Report of an investigation in regard to the prevalence of stegomyia and other mosquitoes in Karachi, and the measures necessary for their control
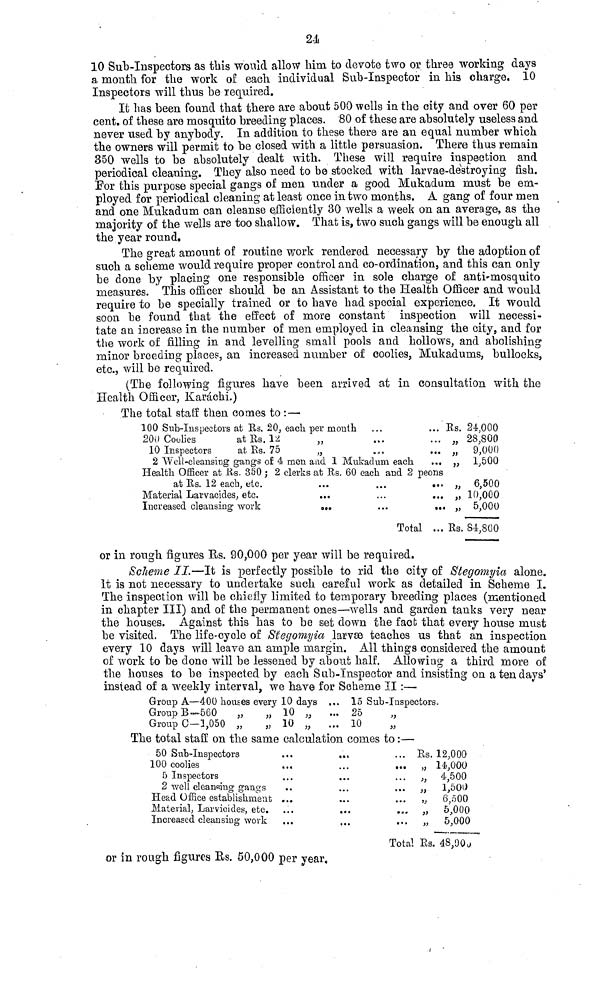
24i
10 Sub-Inspectors as this would allow him to devote two or three working days
a month for the work of each individual Sub-Inspector in his charge. 10
Inspectors will thus be required.
It has been found that there are about 500 wells in the city and over 60 per
cent. of these are mosquito breeding places. 80 of these are absolutely useless and
never used by anybody. In addition to these there are an equal number which
the owners will permit to be closed with a little persuasion. There thus remain
350 wells to be absolutely dealt with. These will require inspection and
periodical cleaning. They also need to be stocked with larvae-destroying fish.
For this purpose special gangs of men under a good Mukadum must be em-
ployed for periodical cleaning at least once in two months. A gang of four men
and one Mukadum can cleanse efficiently 30 wells a week on an average, as the
majority of the wells are too shallow. That is, two such gangs will be enough all
the year round.
The great amount of routine work rendered necessary by the adoption of
such a scheme would require proper control and co-ordination, and this can only
be done by placing one responsible officer in sole charge of anti-mosquito
measures. This officer should be an Assistant to the Health Officer and would
require to be specially trained or to have had special experience. It would
soon be found that the effect of more constant inspection will necessi-
tate an increase in the number of men employed in cleansing the city, and for
the work of filling in and levelling small pools and hollows, and abolishing
minor breeding places, an increased number of coolies, Mukadums, bullocks,
etc., will be required.
(The following figures have been arrived at in consultation with the
Health Officer, Karáchi.)
The total statt then comes to : —
100 Sub-Inspectors at Us. 20, each per month
200 Coolies
at Us. 12
10 Inspectors
at Rs. 75
...
...
...
2 Well-cleansing gangs of 4 men and 1 Mukadum each
...
Health Officer at Rs. 350 ; 2 clerks at Its. 60 each and 2 peons
at Us. 12 each, etc.
Material Larvacides, etc.
Increased cleansing work
...
...
ata
• • •
...
...
Total
•••
...
••«
...
Us.
3)
)}
))
»
Es.
24,000
28,800
9,000
1,500
6,500
10,000
5,000
84,800
or in rough figures Rs. 90,000 per year will be required.
Scheme II—It is perfectly possible to rid the city of Stegomyia alone.
It is not necessary to undertake such careful work as detailed in Scheme I.
The inspection will be chiefly limited to temporary breeding places (mentioned
in chapter III) and of the permanent ones—wells and garden tanks very near
the houses. Against this has to be set clown the fact that every house must
he visited. The life-cycle of Stegomyia larvae teaches us that an inspection
every 10 days will leave an ample margin. All things considered the amount
of work to be done will be lessened by about half. Allowing a third more of
the houses to be inspected by each Sub-Inspector and insisting on a ten days'
instead of a weekly interval, we have for Scheme II :—
Group A—400 houses every 10 days
Group B—560
Group C—1,050
V
10
10 »
...
...
...
15
25
10
Sub-Inspectors.
The total staff on the same calculation comes to :—
50 Sub-Inspectors
100 coolies
5 Inspectors
2 well cleansing gangs
Head Office establishment
Material, Larvicides, etc.
Increased cleansing work
...
• »•
...
...
«a«
». •
...
...
...
...
...
Total
Rs.
»
})
)>
Rs.
12,000
14,000
4,500
1,501)
6,500
5,000
5,000
48,900
or in rough figures Es. 50,000 per year,